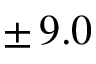
\pm \, 9 . 0